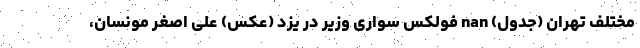
مختلف تهران (جدول) nan فولکس سواری وزیر در یزد (عکس) علی اصغر مونسان،